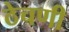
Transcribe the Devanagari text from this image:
ठेचणी